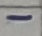
Text: -